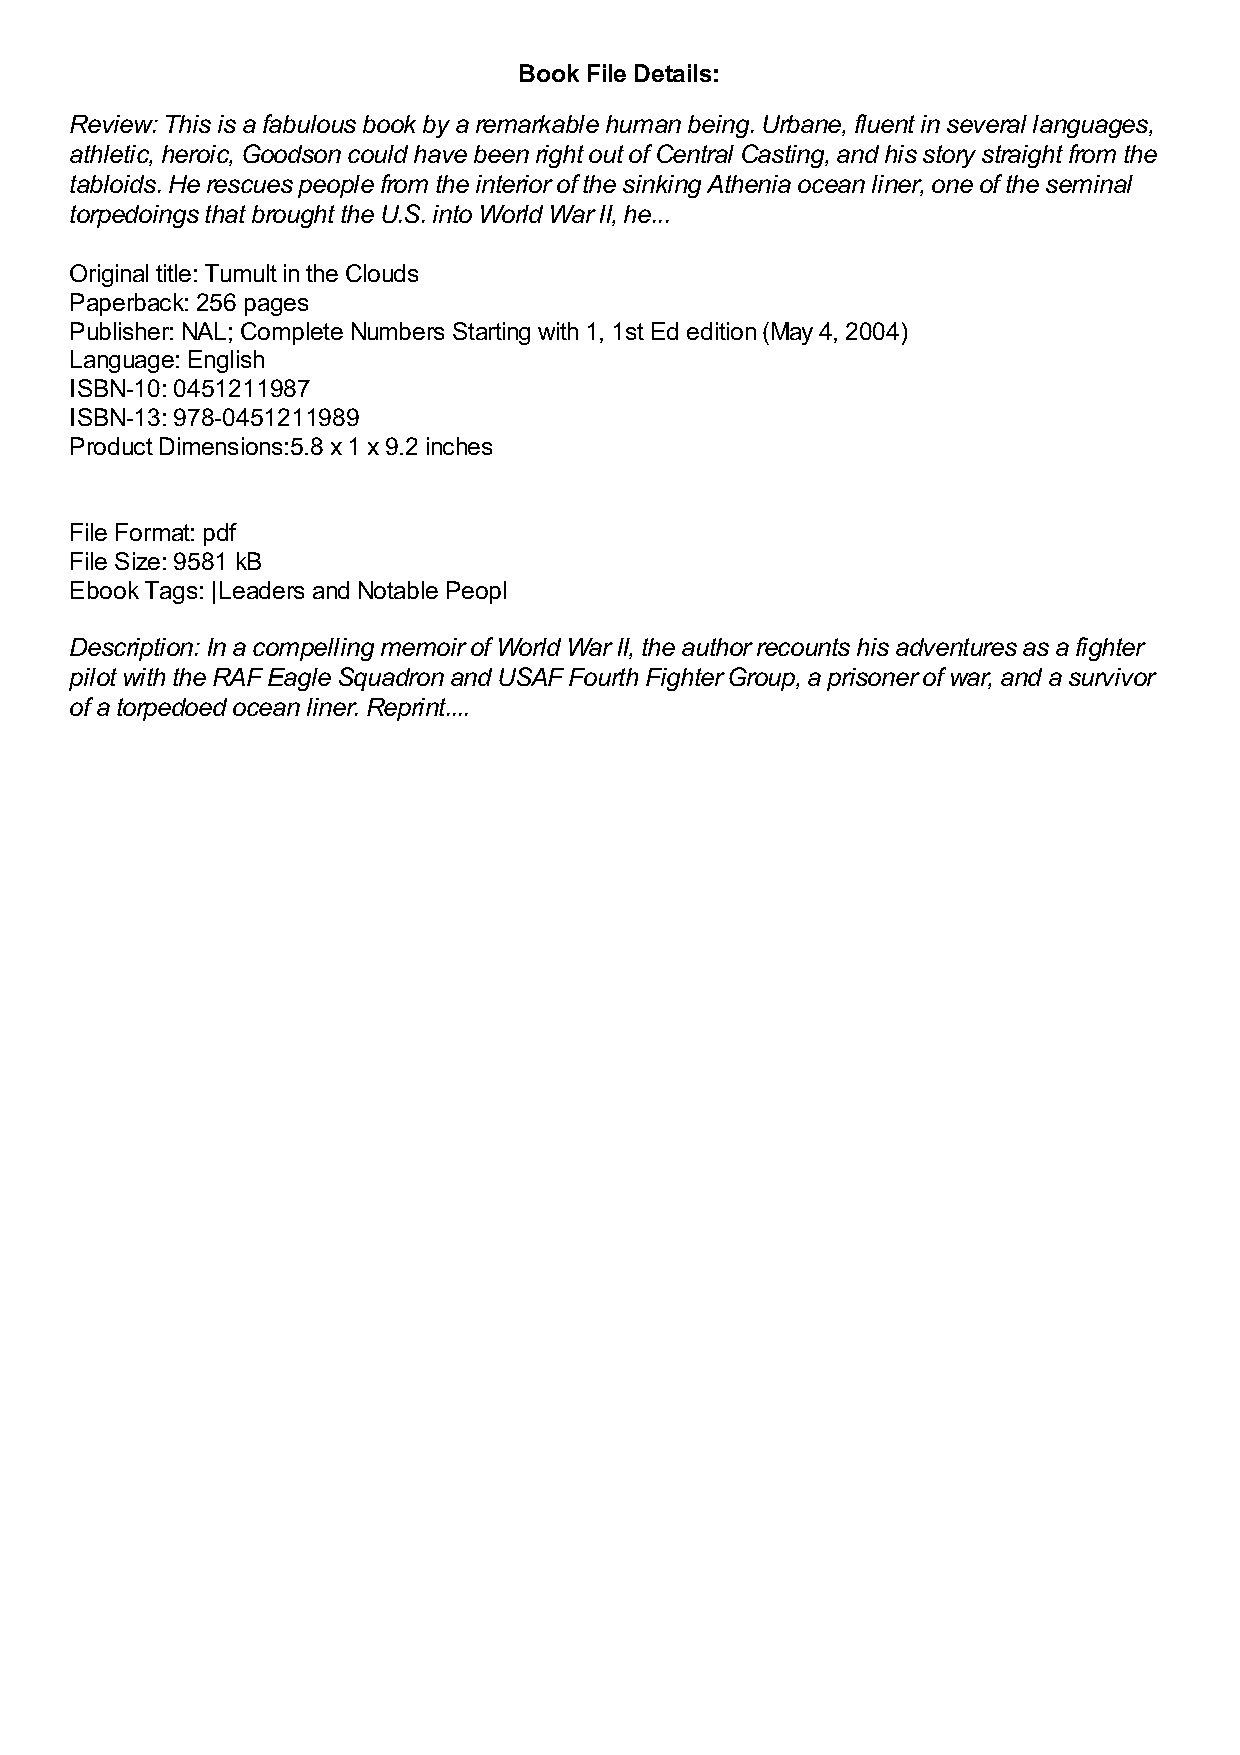
Book File Details:
 Review: This is a fabulous book by a remarkable human being. Urbane, fluent in several languages,
 athletic, heroic, Goodson could have been right out of Central Casting, and his story straight from the
 tabloids. He rescues people from the interior of the sinking Athenia ocean liner, one of the seminal
 torpedoings that brought the U.S. into World War II, he...
 Original title: Tumult in the Clouds
 Paperback: 256 pages
 Publisher: NAL; Complete Numbers Starting with 1, 1st Ed edition (May 4, 2004)
 Language: English
 ISBN-10: 0451211987
 ISBN-13: 978-0451211989
 Product Dimensions:5.8 x 1 x 9.2 inches
 File Format: pdf
 File Size: 9581 kB
 Ebook Tags: |Leaders and Notable Peopl
 Description: In a compelling memoir of World War II, the author recounts his adventures as a fighter
 pilot with the RAF Eagle Squadron and USAF Fourth Fighter Group, a prisoner of war, and a survivor
 of a torpedoed ocean liner. Reprint....